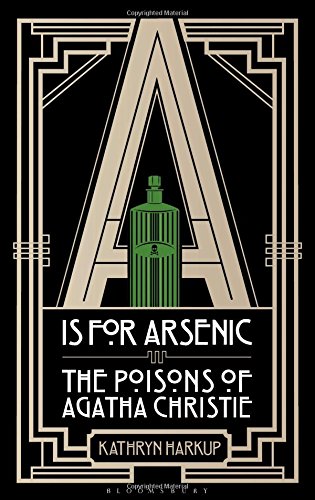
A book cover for is for Arsenic: The Poisons of Agatha Christie (Bloomsbury Sigma); Kathryn Harkup; Mystery, Thriller & Suspense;